Scientific memoirs by medical officers of the Army of India - Part I,
Year: 1884
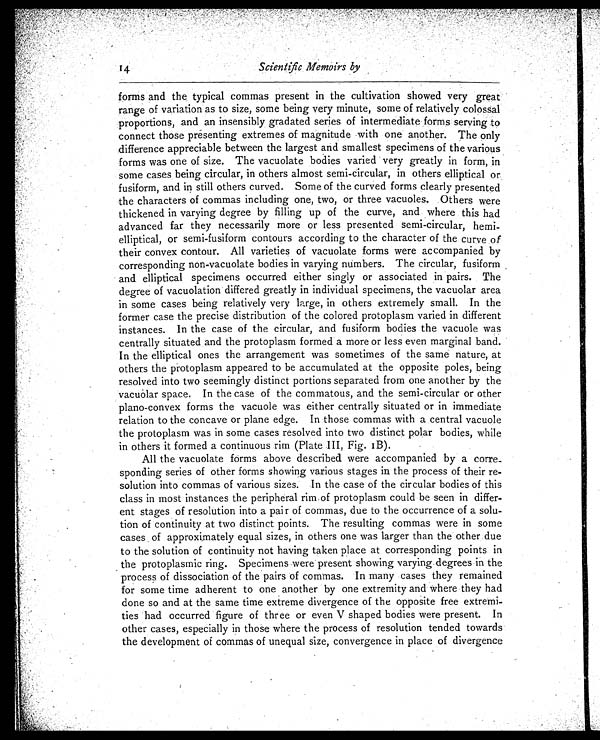
Scientific Memoirs by
forms and the typical commas present in the cultivation showed very great
range of variation as to size, some being very minute, some of relatively colossal
proportions, and an insensibly gradated series of intermediate forms serving to
connect those presenting extremes of magnitude with one another. The only
difference appreciable between the largest and smallest specimens of the various
forms was one of size. The vacuolate bodies varied very greatly in form, in
some cases being circular, in others almost semi-circular, in others elliptical or
fusiform, and in still others curved. Some of the curved forms clearly presented
the characters of commas including one, two, or three vacuoles. Others were
thickened in varying degree by filling up of the curve, and where this had
advanced far they necessarily more or less presented semi-circular, hemi
-elliptical, or semi-fusiform contours according to the character of the curve of
their convex contour. All varieties of vacuolate forms were accompanied by
corresponding non-vacuolate bodies in varying numbers. The circular, fusiform
and elliptical specimens occurred either singly or associated in pairs. The
degree of vacuolation differed greatly in individual specimens, the vacuolar area
in some cases being relatively very large, in others extremely small. In the
former case the precise distribution of the colored protoplasm varied in different
instances. In the case of the circular, and fusiform bodies the vacuole was
centrally situated and the protoplasm formed a more or less even marginal band.
In the elliptical ones the arrangement was sometimes of the same nature, at
others the protoplasm appeared to be accumulated at the opposite poles, being
resolved into two seemingly distinct portions separated from one another by the
vacuolar space. In the case of the commatous, and the semi-circular or other
plano-convex forms the vacuole was either centrally situated or in immediate
relation to the concave or plane edge. In those commas with a central vacuole
the protoplasm was in some cases resolved into two distinct polar bodies, while
in others it formed a continuous rim (Plate III, Fig. 1B).
All the vacuolate forms above described were accompanied by a corre
-sponding series of other forms showing various stages in the process of their re
-solution into commas of various sizes. In the case of the circular bodies of this
class in most instances the peripheral rim of protoplasm could be seen in differ
-ent stages of resolution into a pair of commas, due to the occurrence of a solu
-tion of continuity at two distinct points. The resulting commas were in some
cases of approximately equal sizes, in others one was larger than the other due
to the solution of continuity not having taken place at corresponding points in
the protoplasmic ring. Specimens were present showing varying degrees in the
process of dissociation of the pairs of commas. In many cases they remained
for some time adherent to one another by one extremity and where they had
done so and at the same time extreme divergence of the opposite free extremi
-ties had occurred figure of three or even V shaped bodies were present. In
other cases, especially in those where the process of resolution tended towards
the development of commas of unequal size, convergence in place of divergence
14